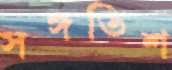
সঙ্গতিশ